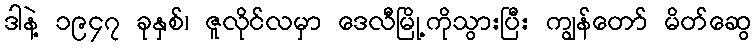
ဒါနဲ့ ၁၉၄၇ ခုနှစ်၊ ဇူလိုင်လမှာ ဒေလီမြို့ကိုသွားပြီး ကျွန်တော် မိတ်ဆွေ